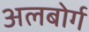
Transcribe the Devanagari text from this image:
अलबोर्ग